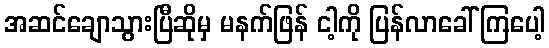
အဆင်ချောသွားပြီဆိုမှ မနက်ဖြန် ငါ့ကို ပြန်လာခေါ်ကြပေါ့